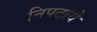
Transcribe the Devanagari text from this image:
निपटाये